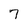
Character: 7